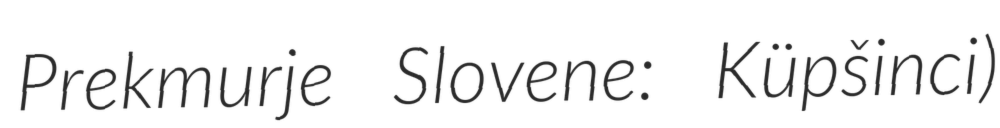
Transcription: Prekmurje Slovene: Küpšinci)